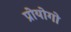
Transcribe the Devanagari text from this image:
प्रोयोगो